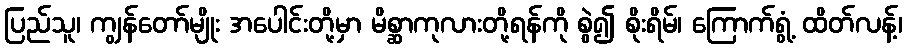
ပြည်သူ၊ ကျွန်တော်မျိုး အပေါင်းတို့မှာ မိစ္ဆာကုလားတို့ရန်ကို စွဲ၍ စိုးရိမ်၊ ကြောက်ရွံ့ ထိတ်လန့်၊